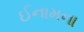
ઈનામના